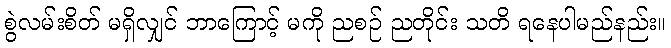
စွဲလမ်းစိတ် မရှိလျှင် ဘာကြောင့် မကို ညစဉ် ညတိုင်း သတိ ရနေပါမည်နည်း။